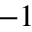
^ { - 1 }